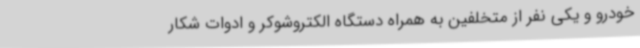
خودرو و یکی نفر از متخلفین به همراه دستگاه الکتروشوکر و ادوات شکار